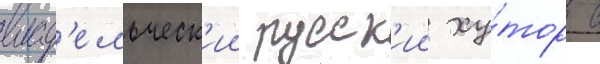
влад'ельческ'ии русск'ии ху́тор с